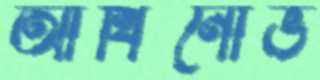
আখিনোভ